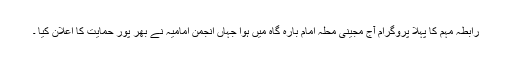
رابطہ مہم کا پہلا پروگرام آج مجینی محلہ امام بارہ گاہ میں ہوا جہاں انجمن امامیہ نے بھر پور حمایت کا اعلان کیا ۔